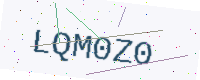
Text: LQM0Z0